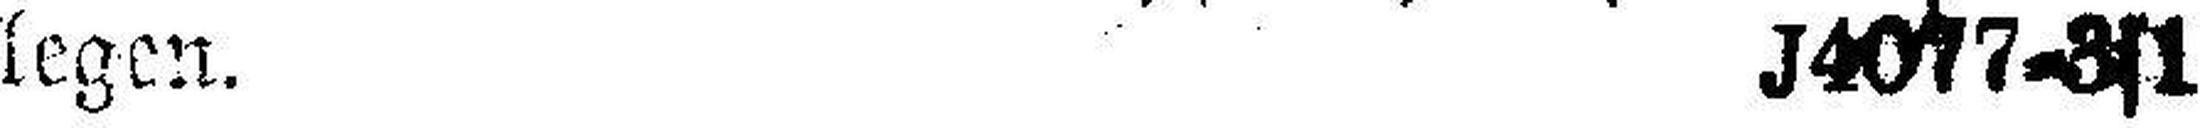
legen. J4077=3s1